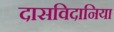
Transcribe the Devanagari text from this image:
दासविदानिया